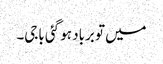
میں تو برباد ہو گئی باجی۔